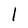
Character: l